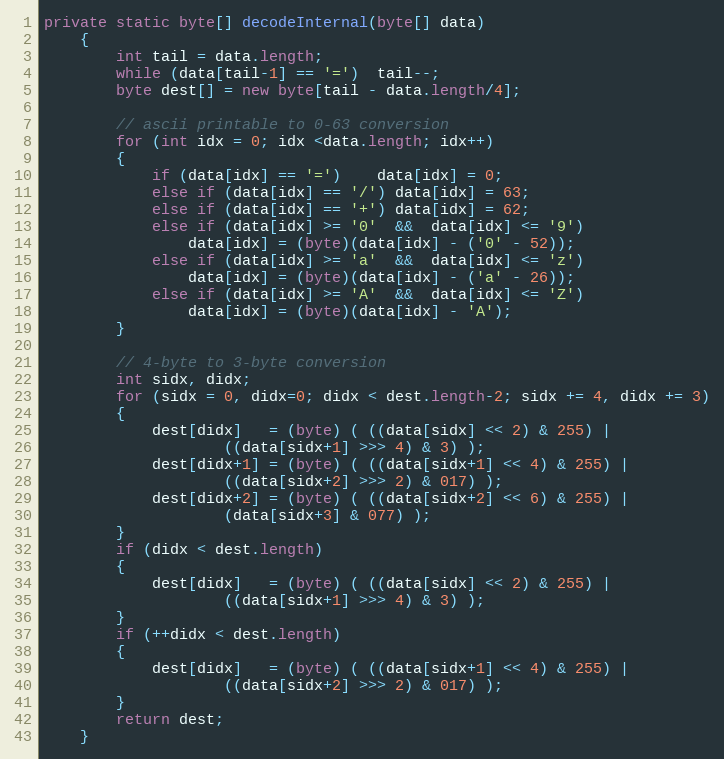
Language: Java
private static byte[] decodeInternal(byte[] data)
    {
        int tail = data.length;
        while (data[tail-1] == '=')  tail--;
        byte dest[] = new byte[tail - data.length/4];

        // ascii printable to 0-63 conversion
        for (int idx = 0; idx <data.length; idx++)
        {
            if (data[idx] == '=')    data[idx] = 0;
            else if (data[idx] == '/') data[idx] = 63;
            else if (data[idx] == '+') data[idx] = 62;
            else if (data[idx] >= '0'  &&  data[idx] <= '9')
                data[idx] = (byte)(data[idx] - ('0' - 52));
            else if (data[idx] >= 'a'  &&  data[idx] <= 'z')
                data[idx] = (byte)(data[idx] - ('a' - 26));
            else if (data[idx] >= 'A'  &&  data[idx] <= 'Z')
                data[idx] = (byte)(data[idx] - 'A');
        }

        // 4-byte to 3-byte conversion
        int sidx, didx;
        for (sidx = 0, didx=0; didx < dest.length-2; sidx += 4, didx += 3)
        {
            dest[didx]   = (byte) ( ((data[sidx] << 2) & 255) |
                    ((data[sidx+1] >>> 4) & 3) );
            dest[didx+1] = (byte) ( ((data[sidx+1] << 4) & 255) |
                    ((data[sidx+2] >>> 2) & 017) );
            dest[didx+2] = (byte) ( ((data[sidx+2] << 6) & 255) |
                    (data[sidx+3] & 077) );
        }
        if (didx < dest.length)
        {
            dest[didx]   = (byte) ( ((data[sidx] << 2) & 255) |
                    ((data[sidx+1] >>> 4) & 3) );
        }
        if (++didx < dest.length)
        {
            dest[didx]   = (byte) ( ((data[sidx+1] << 4) & 255) |
                    ((data[sidx+2] >>> 2) & 017) );
        }
        return dest;
    }